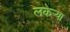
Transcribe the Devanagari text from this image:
लकेऱ्या